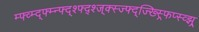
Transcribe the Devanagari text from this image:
म्फ्व्म्द्फ्म्न्फ्द्श्फ्द्श्ज्क्स्ज्फ्द्ज्ख्स्र्फिप्स्व्झ्र्